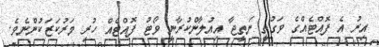
އިރު އެ ފޮއްޓެއްގެ ވަގުތީ ނަތީޖާ އިއުލާންކުރާނީ ވޯޓު ފޮއްޓެއް ހުރި މަރުކަޒަކުންނެވެ.